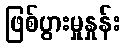
ဖြစ်ပွားမှုနှုန်း